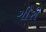
ગીરી